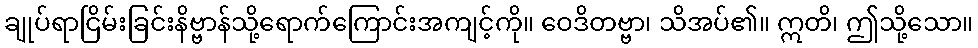
ချုပ်ရာငြိမ်းခြင်းနိဗ္ဗာန်သို့ရောက်ကြောင်းအကျင့်ကို။ ဝေဒိတဗ္ဗာ၊ သိအပ်၏။ ဣတိ၊ ဤသို့သော။